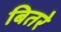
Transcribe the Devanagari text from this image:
बितरे